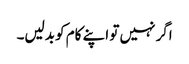
اگر نہیں تو اپنے کام کو بدلیں۔